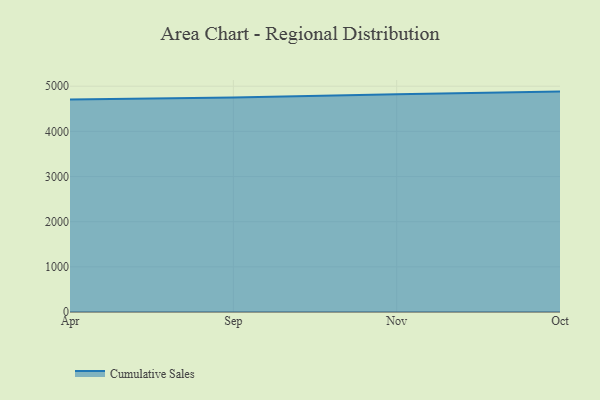
{"axis": {"x": "Month", "y": "LTV (USD)"}, "legend": ["Cumulative Sales"], "data": [{"x": "Apr", "y": 4704.5, "type": "Cumulative Sales"}, {"x": "Sep", "y": 4750.1, "type": "Cumulative Sales"}, {"x": "Nov", "y": 4824.1, "type": "Cumulative Sales"}, {"x": "Oct", "y": 4881.0, "type": "Cumulative Sales"}]}